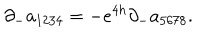
\partial _ { - } a _ { 1 2 3 4 } = - e ^ { 4 h } \partial _ { - } a _ { 5 6 7 8 } .